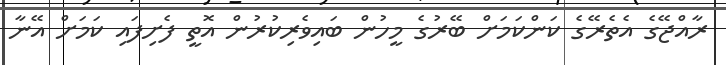
ރާއްޖޭގެ އެތެރޭގެ ކަންކަމަށް ބޭރުގެ މީހުން ބައިވެރިކުރުން އޮތީ ފެށިފައި ކަމަށް އޭނާ